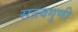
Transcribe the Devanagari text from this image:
सत्त्वगुणी